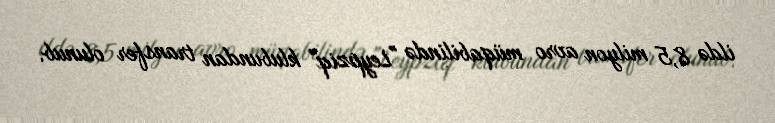
ildə 8,5 milyon avro müqabilində "Leypziq" klubundan transfer olunub.